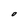
Character: O